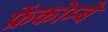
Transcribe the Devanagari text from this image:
फ्रेंकोम्बे